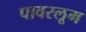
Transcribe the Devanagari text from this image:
पावरलूम